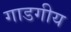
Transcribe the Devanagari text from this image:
गाडगीय